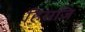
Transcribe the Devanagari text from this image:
हिराजि